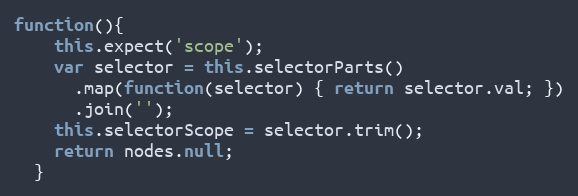
Language: JavaScript
function(){
    this.expect('scope');
    var selector = this.selectorParts()
      .map(function(selector) { return selector.val; })
      .join('');
    this.selectorScope = selector.trim();
    return nodes.null;
  }